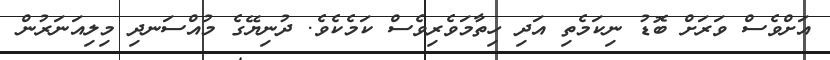
އަށްވެސް ވަރަށް ބޮޑު ނިކަމެތި އަދި ހިތާމަވެރިވެސް ކަމެކެވެ. ދުނިޔޭގެ މުއްސަނދި މިލިއަނަރުން